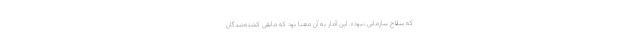
که سلاح سازمانی نبود». این آمار به آن معنا بود که مابقی کشته‌شدگان